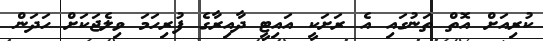
ކުރިއަށް އޮތް ތަނުގައި އެ ރަށަކީ އައިޓީ ދާއިރާގެ ފުރިހަމަ ވިލެޖަކަށް ހަދަން